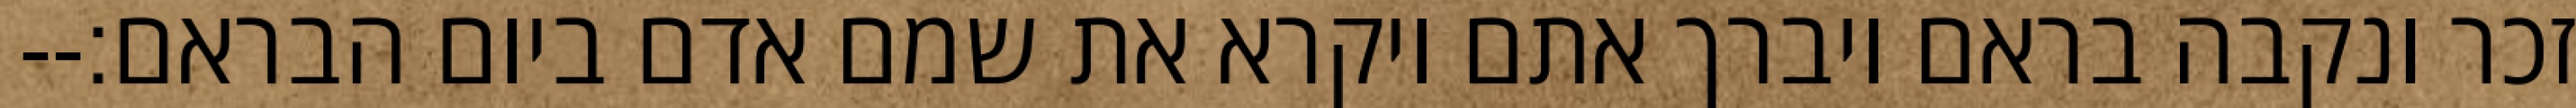
זכר ונקבה בראם ויברך אתם ויקרא את שמם אדם ביום הבראם׃--